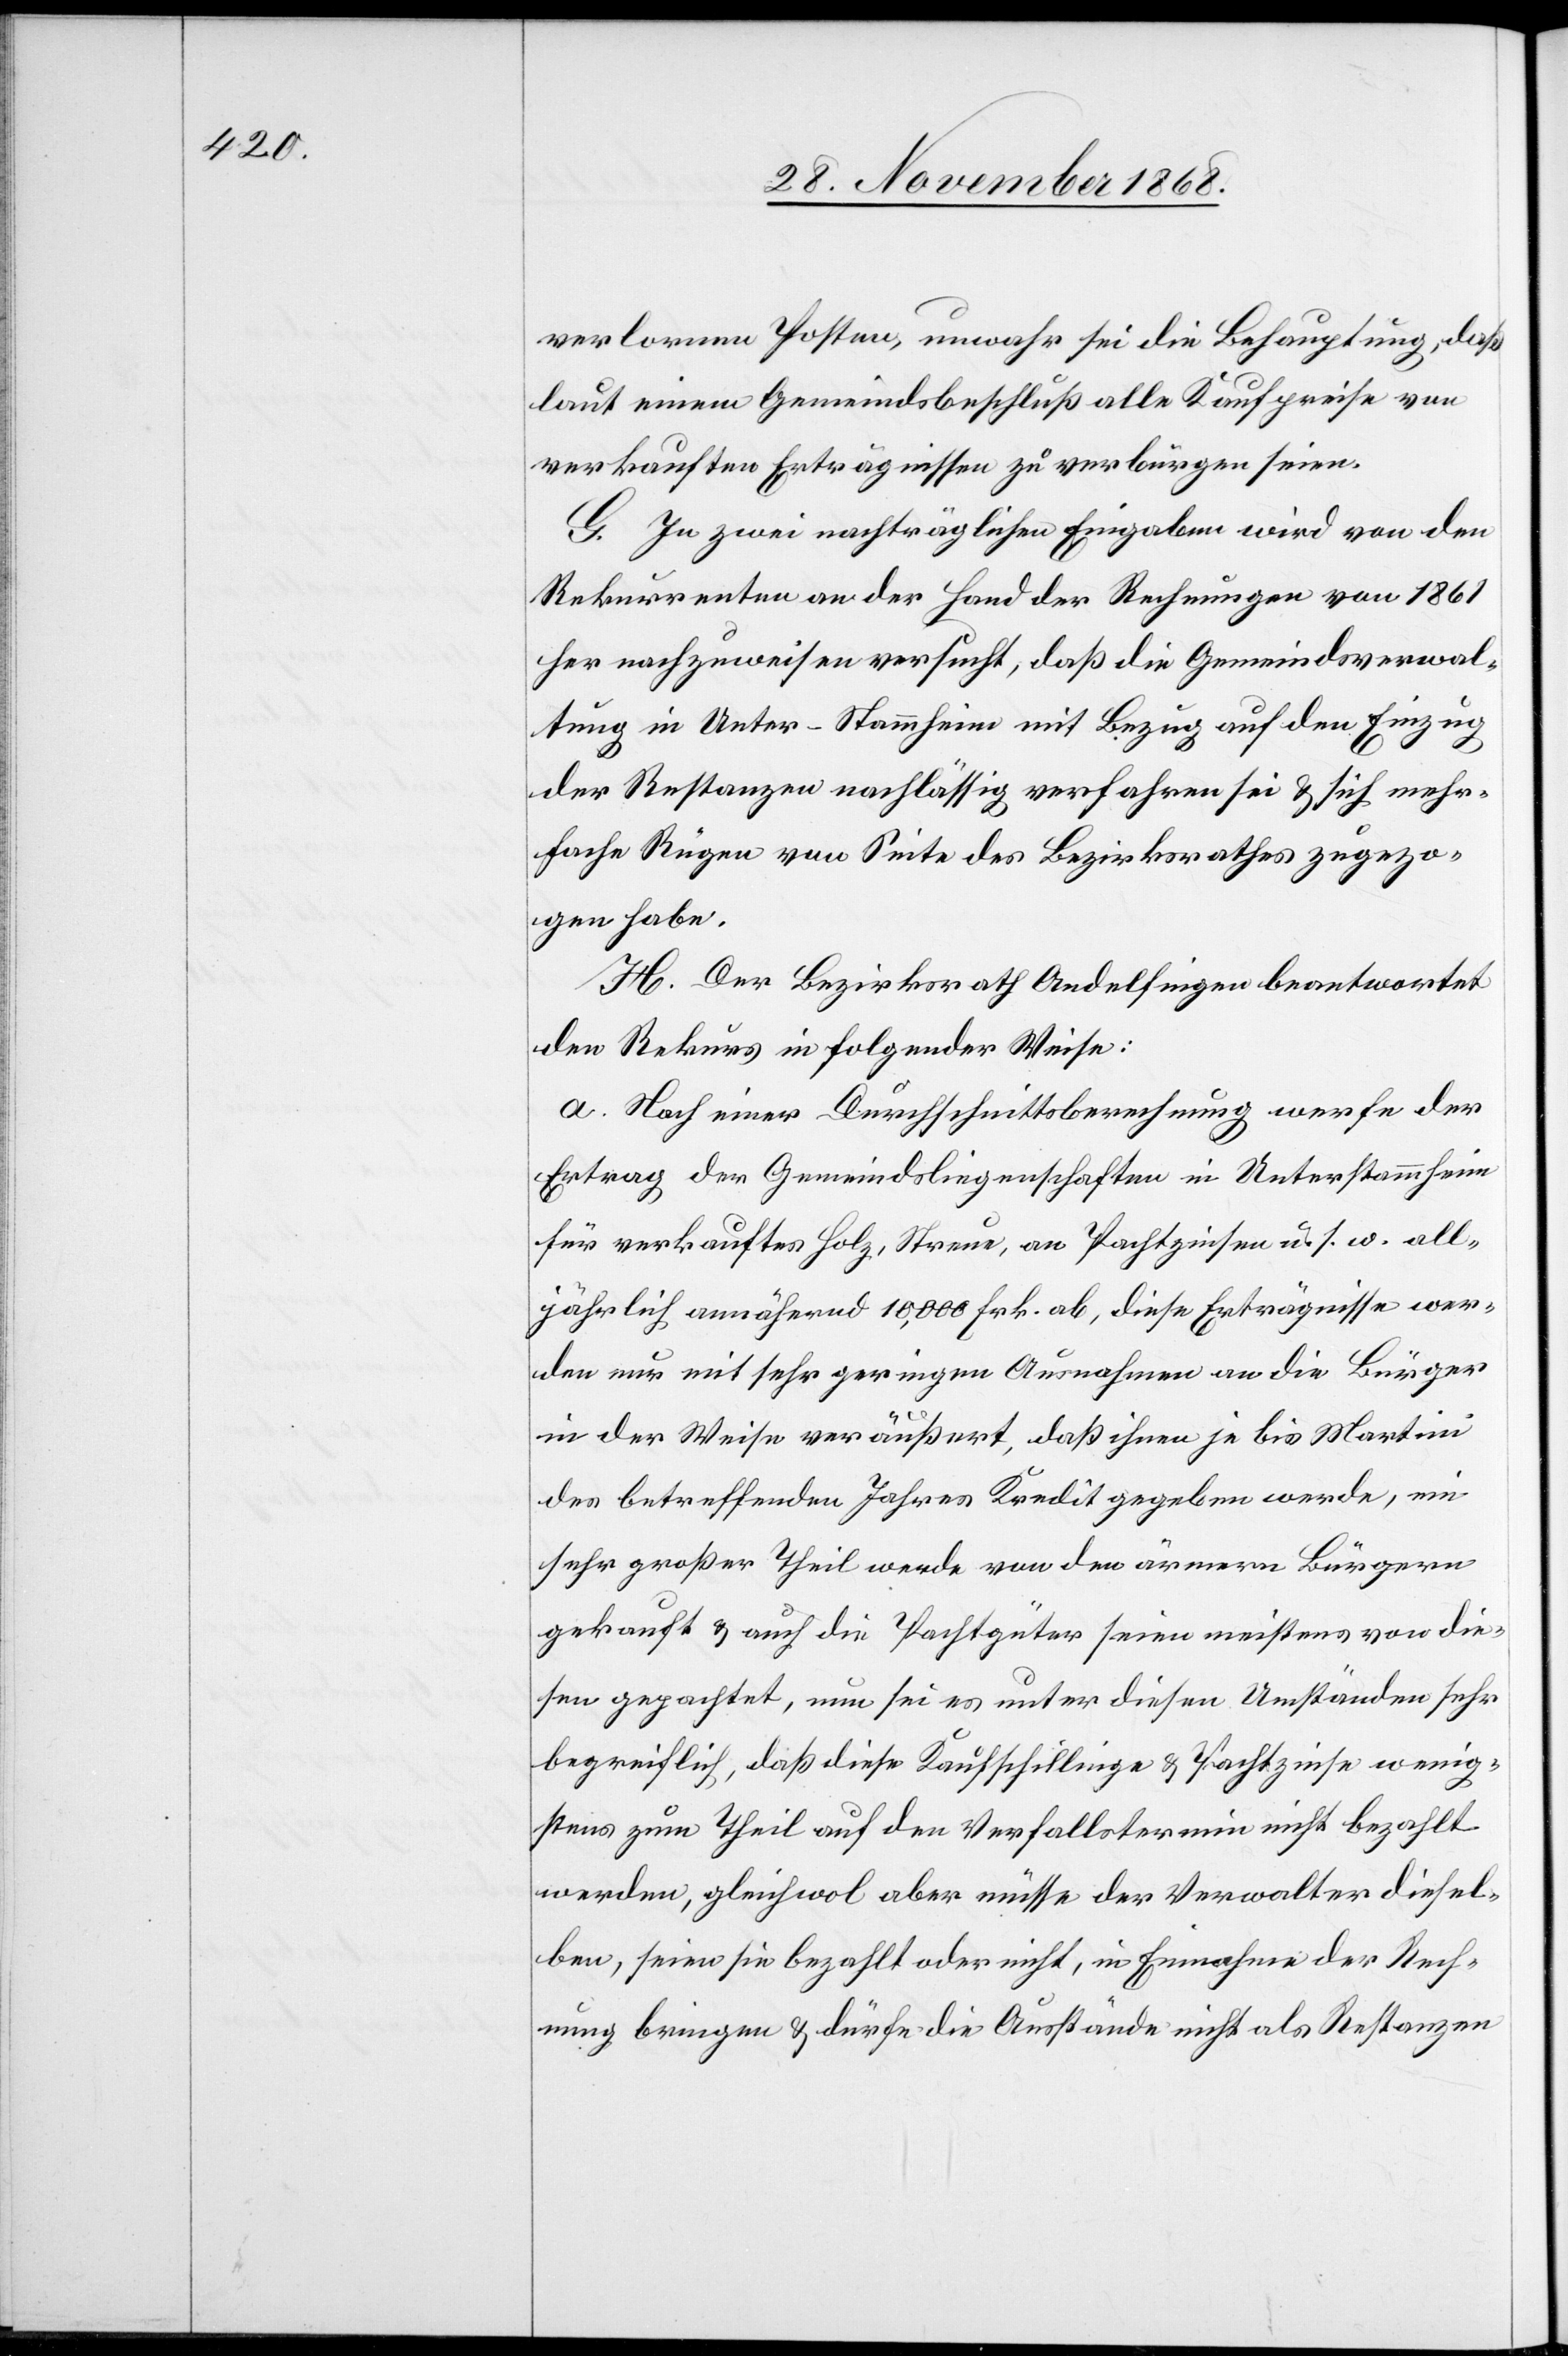
verlornen Posten, unwahr sei die Behauptung, daß
laut einem Gemeindsbeschluß alle Kaufpreise von
verkauften Erträgnissen zu verbürgen seien.
G. In zwei nachträglichen Eingaben wird von den
Rekurrenten an der Hand der Rechnungen von 1861
her nachzuweisen versucht, daß die Gemeindsverwal¬
tung in Unter-Stammheim mit Bezug auf den Einzug
der Restanzen nachlässig verfahren sei & sich mehr¬
fache Rügen von Seite des Bezirksrathes zugezo¬
gen habe.
H. Der Bezirksrath Andelfingen beantwortet
den Rekurs in folgender Weise:
a. Nach einer Durchschnittsberechnung werfe der
Ertrag der Gemeindsliegenschaften in Unterstammheim
für verkauftes Holz, Streue, an Pachtzinsen u. s. w. all¬
jährlich annähernd 10,000 Frk. ab, diese Erträgnisse wer¬
den nur mit sehr geringen Ausnahmen an die Bürger
in der Weise veräußert, daß ihnen je bis Martini
des betreffenden Jahres Kredit gegeben werde, ein
sehr großer Theil werde von den ärmern Bürgern
gekauft & auch die Pachtgüter seien meistens von die¬
sen gepachtet, nun sei es unter diesen Umständen sehr
begreiflich, daß diese Kaufschillinge & Pachtzinse wenig¬
stens zum Theil auf den Verfallstermin nicht bezahlt
werden, gleichwol aber müsse der Verwalter diesel¬
ben, seien sie bezahlt oder nicht, in Einnahme der Rech¬
nung bringen & dürfe die Ausstände nicht als Restanzen